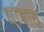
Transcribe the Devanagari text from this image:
धांदात